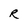
Character: R